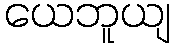
ယေဘူယျ